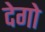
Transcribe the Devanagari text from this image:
देगो